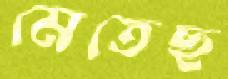
মেতেছ